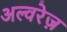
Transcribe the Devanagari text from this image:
अल्वरेज़